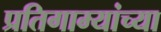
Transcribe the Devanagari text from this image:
प्रतिगाम्यांच्या